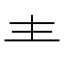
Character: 龶